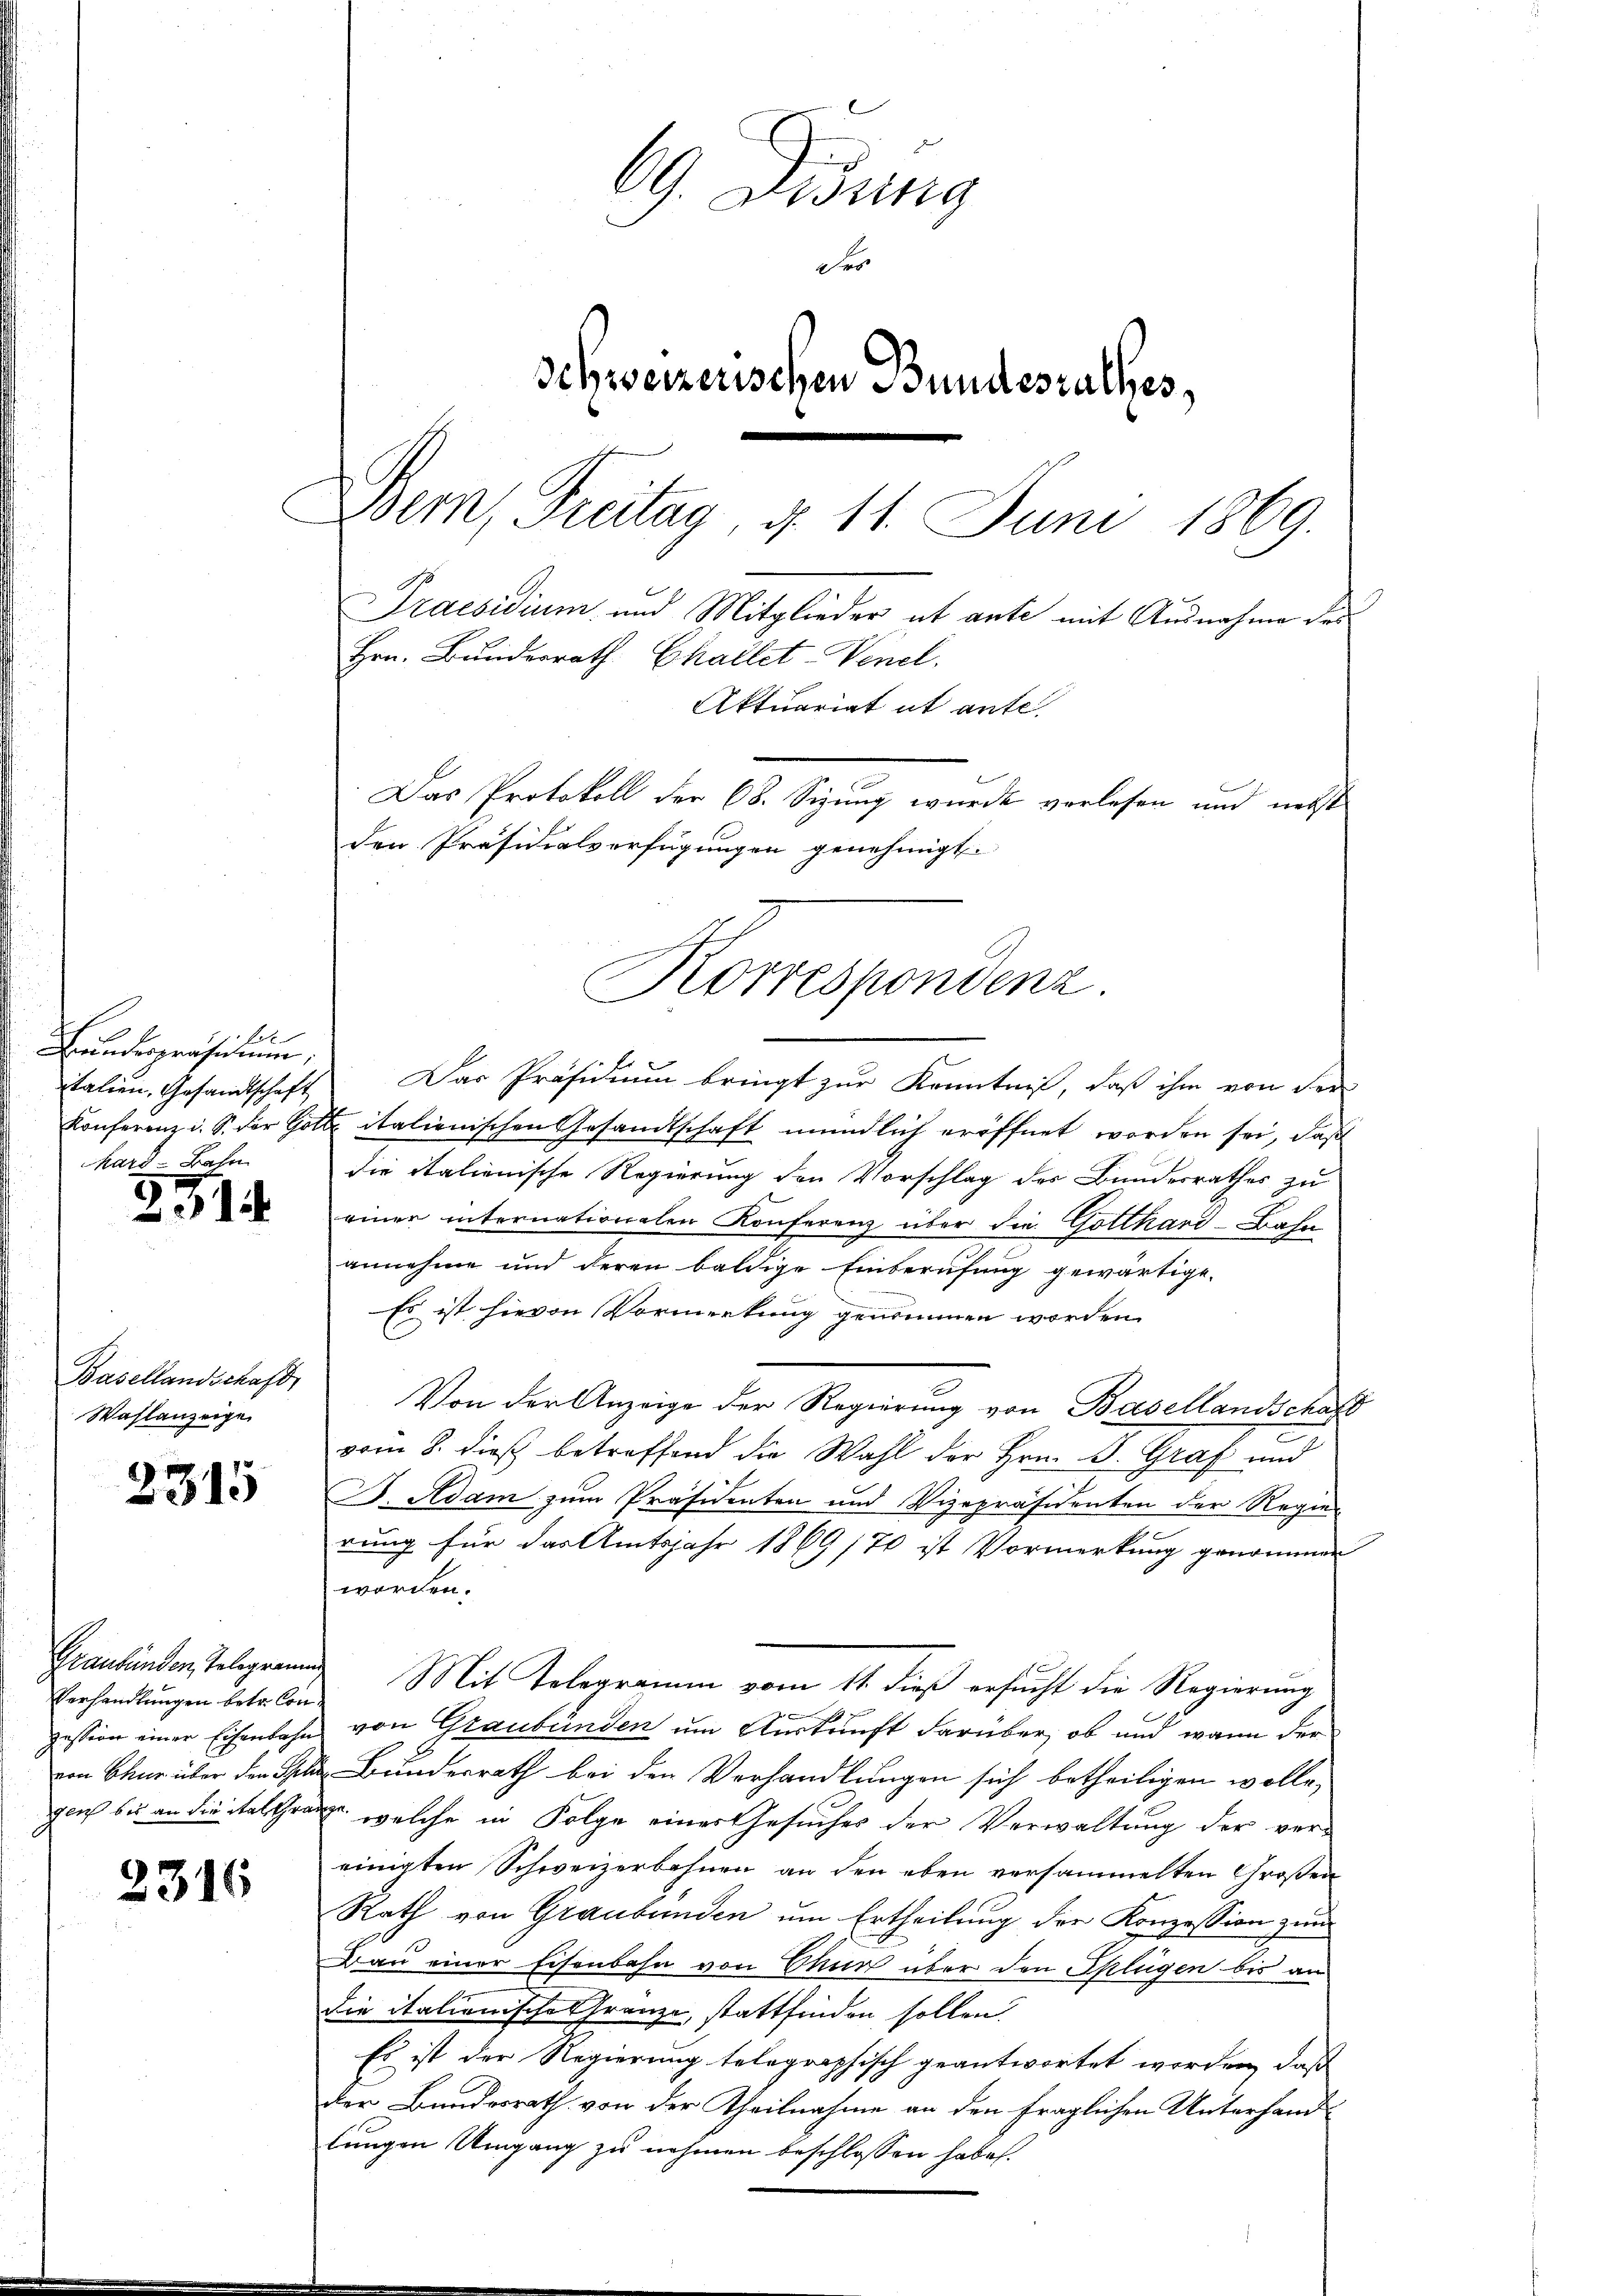
beb
Bundespräsemin,
hard Bahn

231

Basellandschaft,
Wahlanzeige

2315

Verhandlungen betr. Conpession einer Eisenbahn
von Chur über den Stel
glich bis an die Kalchran

2316

69. Didung
Fro
Schweizerischen Bundesrathes,
Bem, Freitag, d. 11. Juni 1869.
Praesidium und Mitglieder ab ante mit Ausnahme des
Hrn. Bunderrath Challet-Venel.
Aktuariat ut ante.
Das Protokoll der 68. Sizung wurde verlesen und nebst
den Präsidialverfügungen genehmigt.

talien, Gesandtschaft. Das Präsidium bringt zur Kenntniß, daß ihm von der
Konferenz i. S. der Gott italienischen Gesandtschaft mündlich eröffnet worden sei, daß
die italienische Regierung den Vorschlag des Bundesrathes zu
einer internationalen Konferenz über die Gotthard-Bahn
annehme und deren baldige Einberufung gewärtige.
Es ist hievon Vormerkung genommen worden.
Von der Anzeige der Regierung von Basellandschaft
vom 8. dieß betreffend die Wahl der Hrn. Dr. Graf und
F. Adam zum Präsidenten und Vizepräsidenten der Regie-
rung für das Amtsjahr 1869/70 ist Vormerkung genommen
worden.
Graubünden Telegrau Mit Telegramm vom 11. dieß ersucht die Regierung
e
von Graubünden um Auskunft darüber, ob und wann der
 Bundesrath bei den Verhandlungen sich betheiligen wolle,
an, welche in Folge einer Gesuches der Verwaltung der vereinigten Schweizerbahnen an den eben versammelten Großen
Rath von Graubünden um Ertheilung der Konzession zum
Bau einer schenbahn von Chur über den Splügen bis an
die italienische Gränze, stattfinden sollen.
Es ist der Regierung telegraphisch geantwortet worden, daß
der Bundesrath von der Theilnahme an den fraglichen Unterhand-
lungen Umgang zu nehmen beschlossen habe.

Korrespondenz.